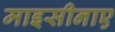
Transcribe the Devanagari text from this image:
माइसीनाए